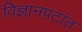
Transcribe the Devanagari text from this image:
विज्ञानपटांत